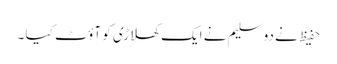
حفیظ نے دو سلیم نے ایک کھلاڑی کو آؤٹ کیا ۔